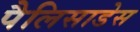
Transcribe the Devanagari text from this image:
पैलिसाडेस